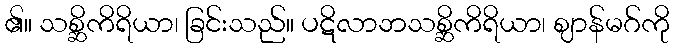
၏။ သစ္ဆိကိရိယာ၊ ခြင်းသည်။ ပဋိလာဘသစ္ဆိကိရိယာ၊ ဈာန်မဂ်ကို